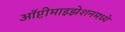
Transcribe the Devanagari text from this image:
ऑप्टीमाइझेशनमध्ये